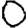
Digit: 0